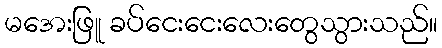
မအေးဖြူ ခပ်ငေးငေးလေးတွေသွားသည်။